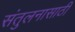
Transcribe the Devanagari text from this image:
संतुलनासाठी